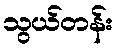
သွယ်တန်း